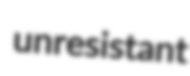
unresistant